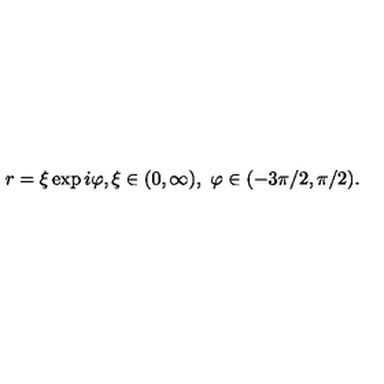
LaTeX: r = \xi \exp i \varphi , \xi \in ( 0 , \infty ) , \ \varphi \in ( - 3 \pi / 2 , \pi / 2 ) .